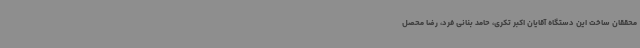
محققان ساخت این دستگاه آقایان اکبر تکری، حامد بنانی فرد، رضا محصل